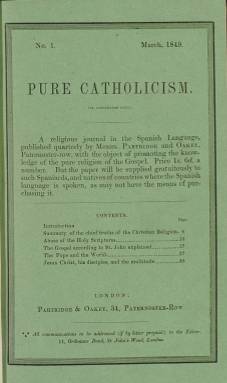
Título: Pure catholicism
Otros títulos: Catolicismo neto
Colección: Religión
Ámbito geográfico: Gran Bretaña
Lugar de publicación: London
Fechas: 01/03/1849-31/01/1851

Curiosa revista religiosa editada en Inglaterra pero dirigida sobre todo al público español cuyo fin era difundir la fe protestante y combatir el catolicismo romano, de ahí su título en inglés, traducido al español como El Catolicismo Neto. Una mala traducción desde el punto de vista actual, que ve mejor la traducción literal: El Puro Catolicismo.

  En realidad, solo el primer número, de marzo de 1849, llevaba una anteportada con un sumario de contenidos en inglés, siendo el resto en español. Los números siguientes prescindían ya de esta anteportada en inglés y directamente estaban redactados en español. Que era una publicación dirigida a los cristianos españoles queda claro en la declaración que se hacía en la propia portada:

   ‘Periódico religioso que sale por trimestres, destinado a propagar el conocimiento de la pura religión del Evangelio. El precio es de siete reales por trimestre; mas podrán tenerlo gratis los españoles y los naturales de los estados en que se habla el lenguaje de Castilla, si no pudieren pagarlo’.

    Con 50 páginas por cada uno de los cuatro números que se editaron (no parece que hubiera más), el contenido de la revista lo componían principalmente pasajes de los Evangelios destinados a fundamentar la fe protestante, aunque también recogía noticias llegadas de España sobre el eco que tenía la distribución y lectura de la publicación, así como algunos ensayos sobre el filósofo Spinoza y otros artículos de fondo.

   Al final de cada número figuraba el responsable de la revista: ‘Editor y redactor D. Juan Calderón, profesor de literatura española’.

  Juan Calderón fue un curioso personaje. Helenista y competente cervantista, Marcelino Menéndez Pelayo llegó a considerarle uno de los tres heterodoxos españoles más importantes del siglo XIX:

   ‘Fuera de Blanco White y de Usoz, el único protestante español digno de memoria entre los de este siglo, y no ciertamente por lo original y peregrino de sus errores religiosos, sino por la importancia que le dieron sus méritos de filólogo y humanista y la docta pureza con que manejaba la lengua castellana, es don Juan Calderón, apóstata de la Orden de San Francisco’.

   Además de esta revista, Calderón editó como continuación El Examen Libre. Ambas pueden considerarse las primeras revistas protestantes en lengua española, en las que polemizó también con el pensador católico Jaime Balmes.

    En la última página del último número de Pure Catholicism podemos leer un poema religioso de Luis de Usoz, quien sería el editor de dos obras de Calderón tras su muerte: su ‘Autobiografía’ y ‘Cervantes vindicado’. Usoz también se valió de los conocimientos filológicos de Calderón para la edición de clásicos del protestantismo.

  Las revistas de Calderón entraron en la BNE con la donación de la colección de Usoz por su viuda a la Biblioteca Nacional en 1873.

[Descripción publicada el 10/07/2020]

---------

Se ha digitalizado la colección con signatura U/4790. Falta digitalizar otra colección (signatura: D/5554) que incluye una segunda edición del n. 1 (marzo 1849) con ligeras diferencias, así como la continuación: El Examen libre.